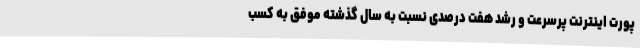
پورت اینترنت پرسرعت و رشد هفت درصدی نسبت به سال گذشته موفق به کسب